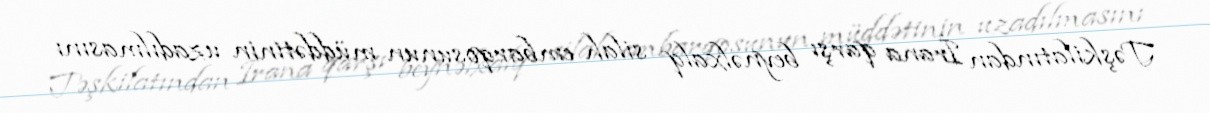
Təşkilatından İrana qarşı beynəlxalq silah embarqosunun müddətinin uzadılmasını